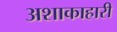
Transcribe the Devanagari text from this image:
अशाकाहारी